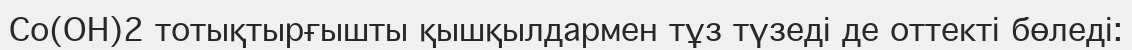
Co(OH)2 тотықтырғышты қышқылдармен тұз түзеді де оттекті бөледі: